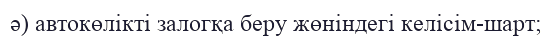
ә) автокөлікті залогқа беру жөніндегі келісім-шарт;